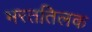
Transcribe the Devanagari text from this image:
भरततिलक